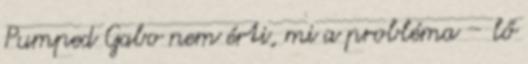
Pumped Gabo nem érti, mi a probléma – lő